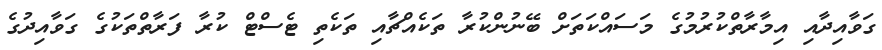
ގަވާއިދާއި އިމާރާތްކުރުމުގެ މަސައްކަތަށް ބޭނުންކުރާ ތަކެއްޗާއި ތަކެތި ޓެސްޓް ކުރާ ފަރާތްތަކުގެ ގަވާއިދުގެ